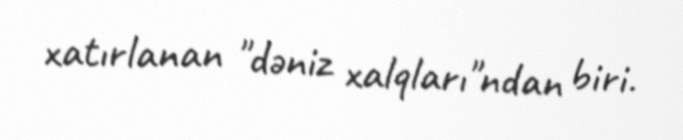
xatırlanan "dəniz xalqları"ndan biri.